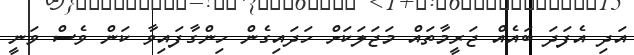
އަދި އެފަދަ ބައެއް ޖަރީމާތައް މަޖަލަކަށް ހަދައިގެން ހިންގާފައިވާ ކަން ވެސް ވަނީ